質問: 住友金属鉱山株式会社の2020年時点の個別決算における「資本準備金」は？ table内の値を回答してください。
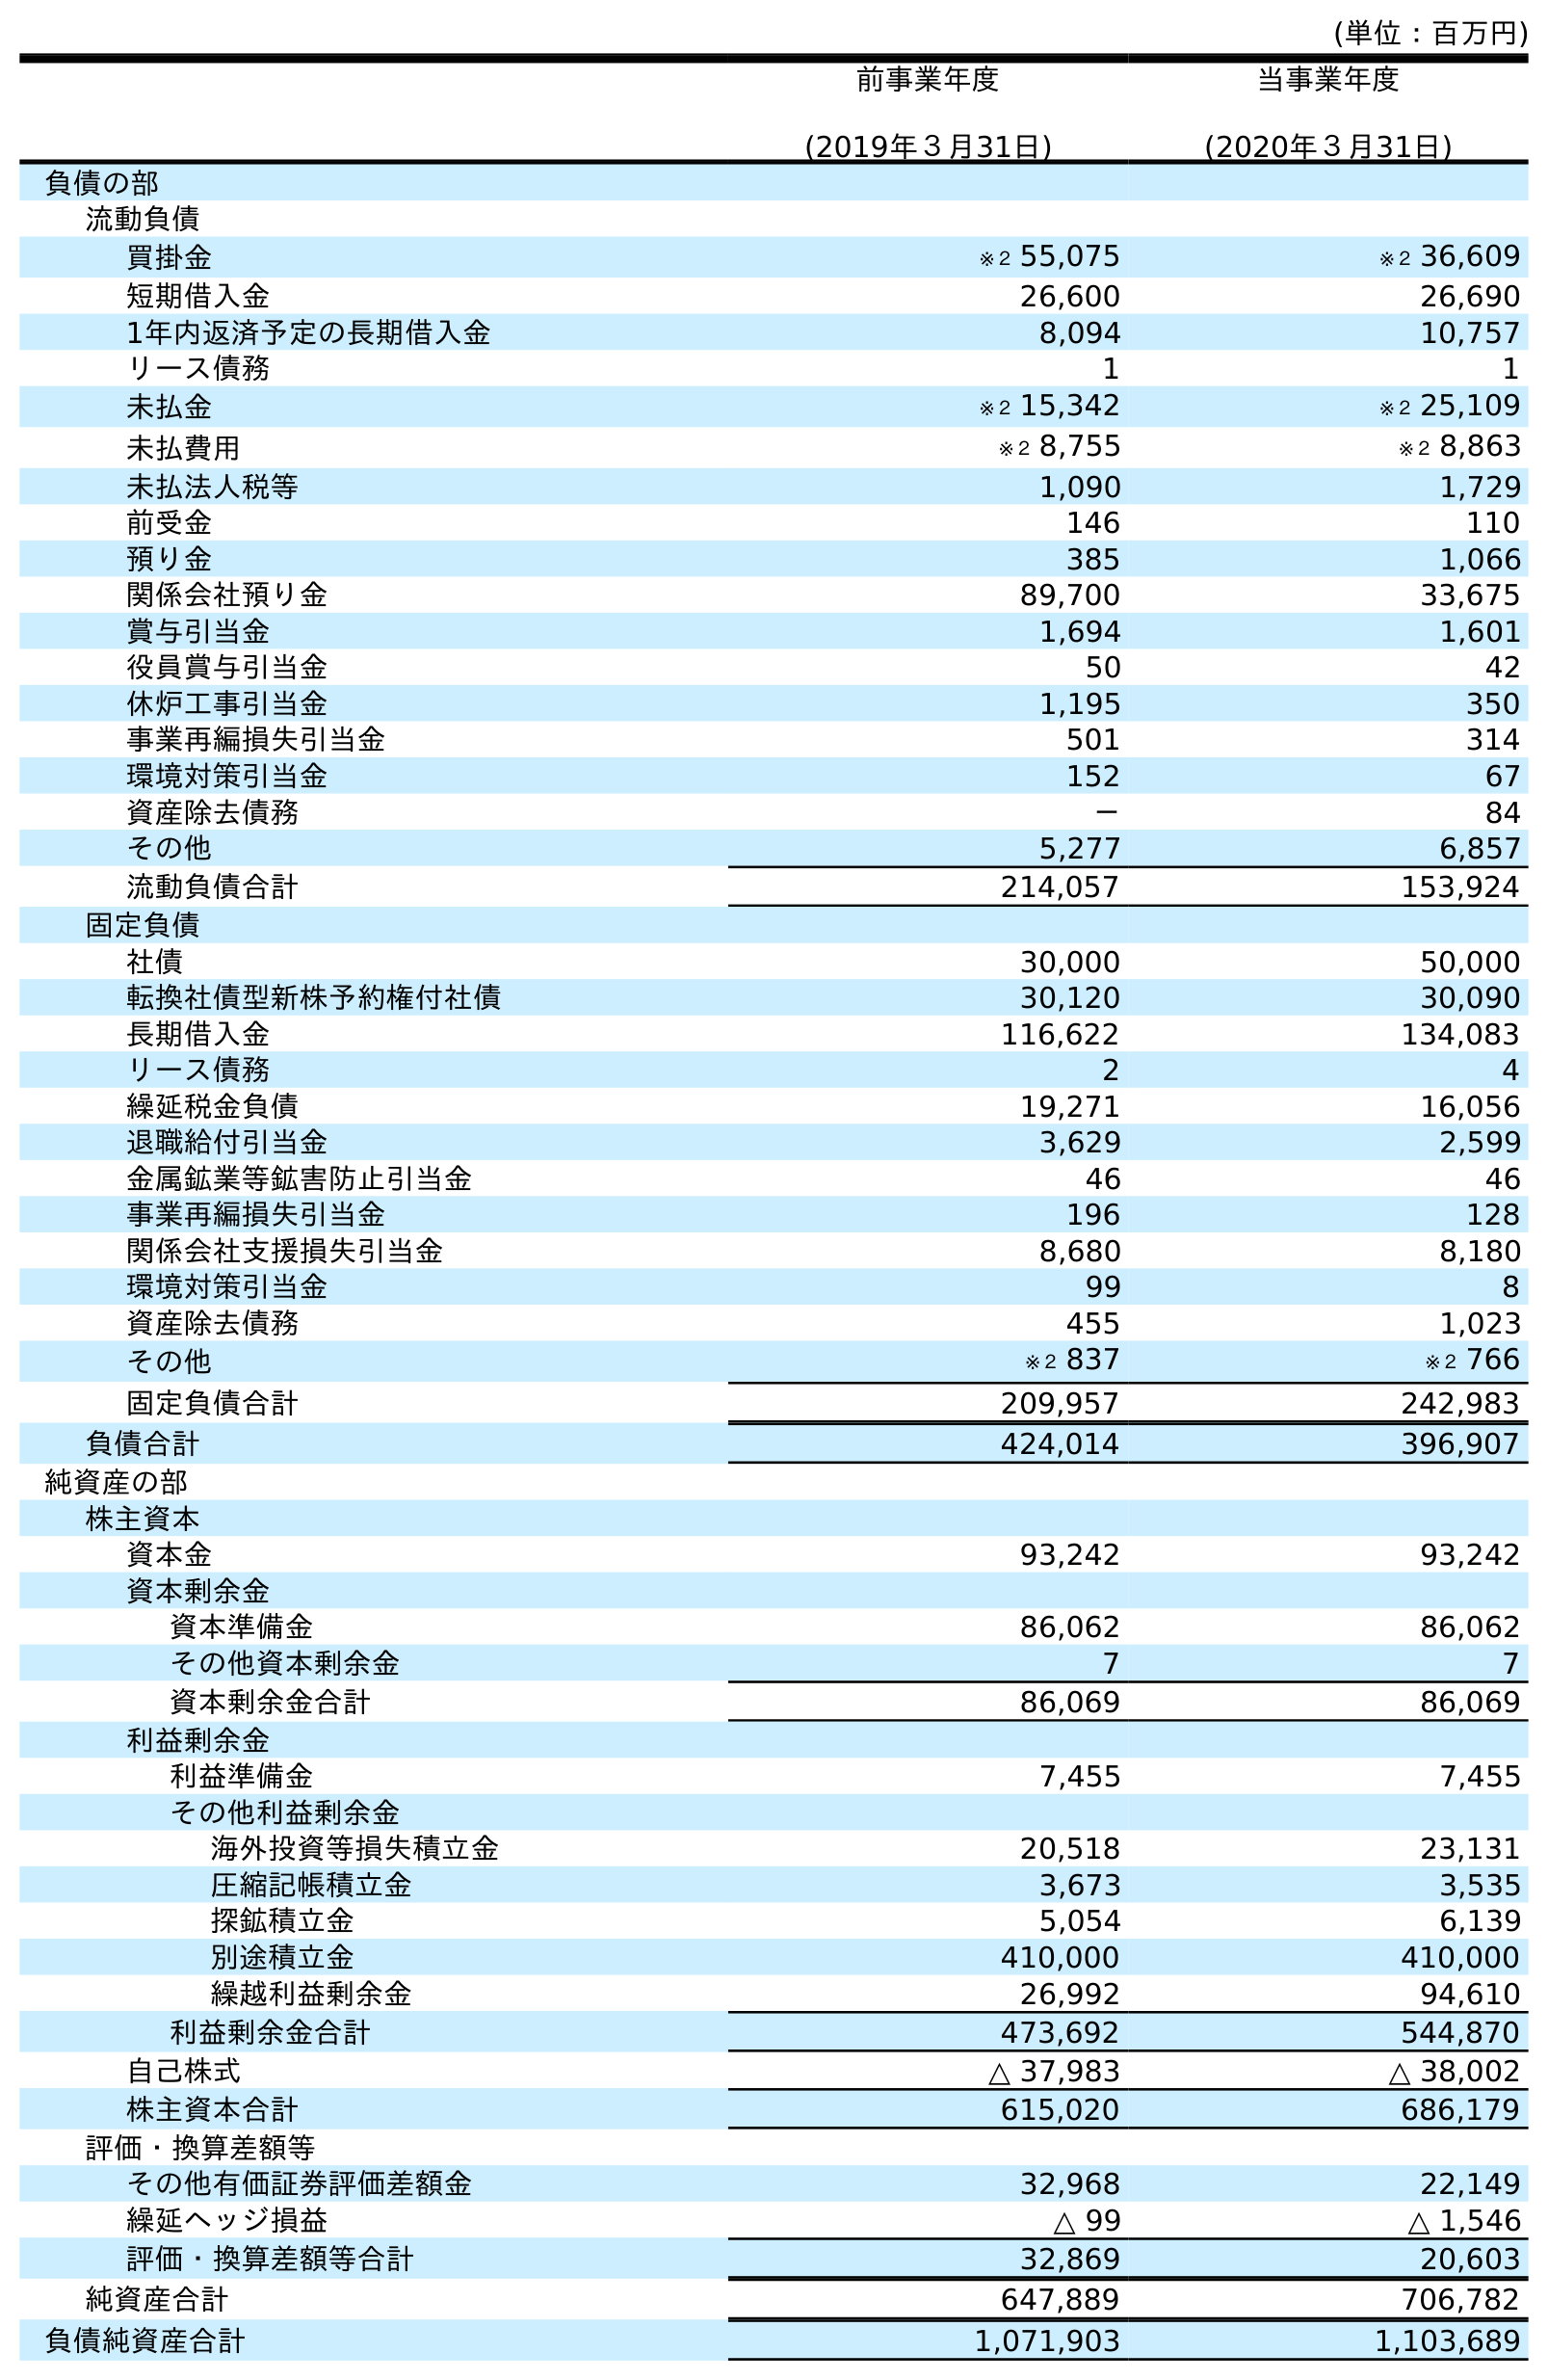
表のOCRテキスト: (単位：百万円) 前事業年度 (2019年３月31日) 当事業年度 (2020年３月31日) 負債の部 流動負債 買掛金 ※２ 55,075 ※２ 36,609 短期借入金 26,600 26,690 1年内返済予定の長期借入金 8,094 10,757 リース債務 1 1 未払金 ※２ 15,342 ※２ 25,109 未払費用 ※２ 8,755 ※２ 8,863 未払法人税等 1,090 1,729 前受金 146 110 預り金 385 1,066 関係会社預り金 89,700 33,675 賞与引当金 1,694 1,601 役員賞与引当金 50 42 休炉工事引当金 1,195 350 事業再編損失引当金 501 314 環境対策引当金 152 67 資産除去債務 － 84 その他 5,277 6,857 流動負債合計 214,057 153,924 固定負債 社債 30,000 50,000 転換社債型新株予約権付社債 30,120 30,090 長期借入金 116,622 134,083 リース債務 2 4 繰延税金負債 19,271 16,056 退職給付引当金 3,629 2,599 金属鉱業等鉱害防止引当金 46 46 事業再編損失引当金 196 128 関係会社支援損失引当金 8,680 8,180 環境対策引当金 99 8 資産除去債務 455 1,023 その他 ※２ 837 ※２ 766 固定負債合計 209,957 242,983 負債合計 424,014 396,907 純資産の部 株主資本 資本金 93,242 93,242 資本剰余金 資本準備金 86,062 86,062 その他資本剰余金 7 7 資本剰余金合計 86,069 86,069 利益剰余金 利益準備金 7,455 7,455 その他利益剰余金 海外投資等損失積立金 20,518 23,131 圧縮記帳積立金 3,673 3,535 探鉱積立金 5,054 6,139 別途積立金 410,000 410,000 繰越利益剰余金 26,992 94,610 利益剰余金合計 473,692 544,870 自己株式 △ 37,983 △ 38,002 株主資本合計 615,020 686,179 評価・換算差額等 その他有価証券評価差額金 32,968 22,149 繰延ヘッジ損益 △ 99 △ 1,546 評価・換算差額等合計 32,869 20,603 純資産合計 647,889 706,782 負債純資産合計 1,071,903 1,103,689
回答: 86,062